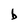
Character: b